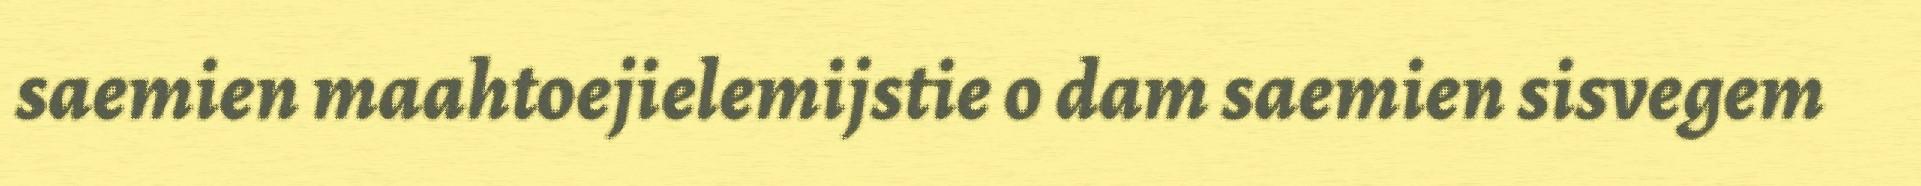
saemien maahtoejielemijstie o dam saemien sisvegem